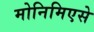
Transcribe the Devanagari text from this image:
मोनिमिएसे